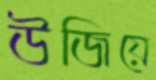
উজিয়ে